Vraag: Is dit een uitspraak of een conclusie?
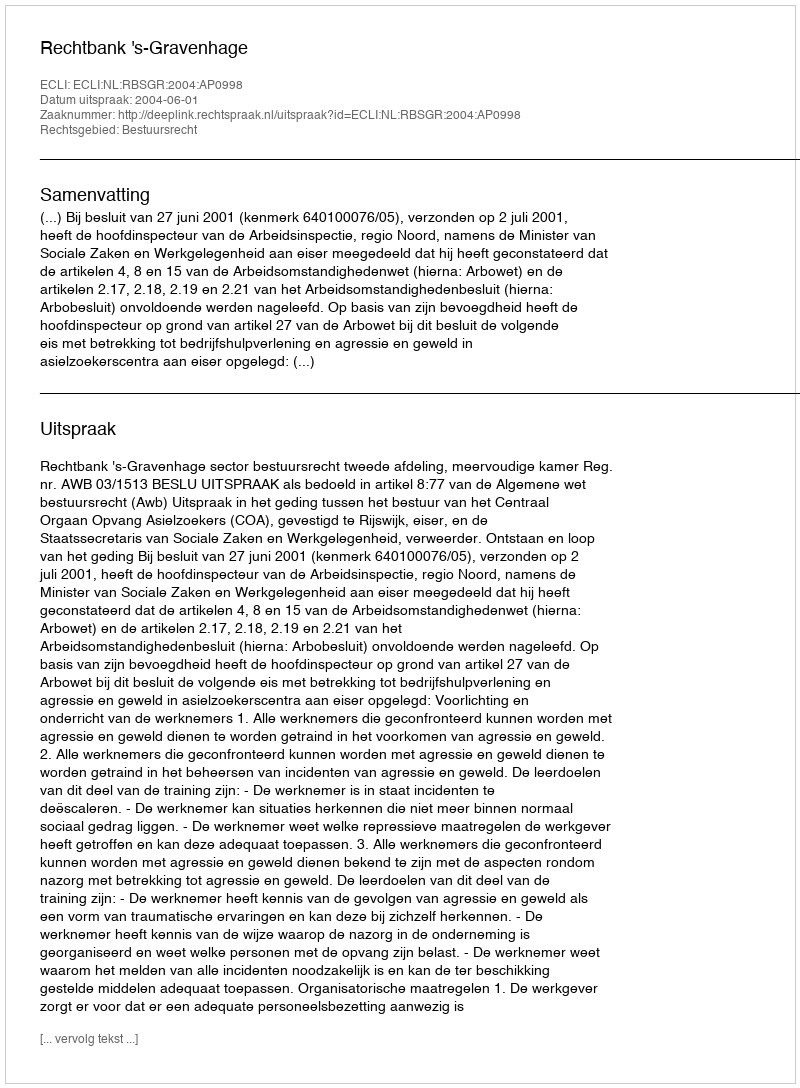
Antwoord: Uitspraak